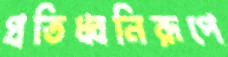
প্রতিধ্বনিরূপে